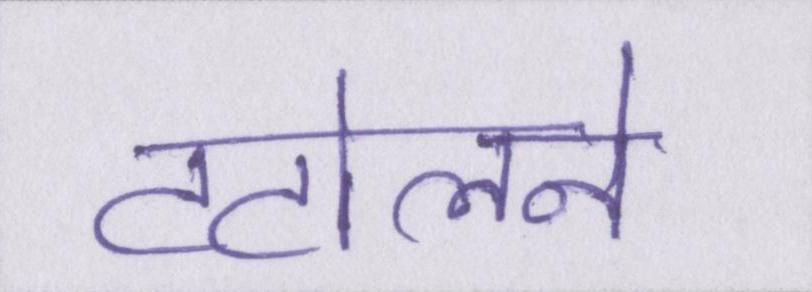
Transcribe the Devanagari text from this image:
टटोलने